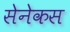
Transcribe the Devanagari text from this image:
सेनेकस